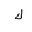
Letter: _kaf